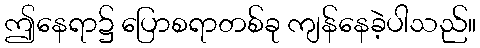
ဤနေရာ၌ ပြောစရာတစ်ခု ကျန်နေခဲ့ပါသည်။